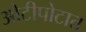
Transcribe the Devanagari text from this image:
ओटीपोटात